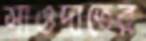
সাওদাতের